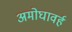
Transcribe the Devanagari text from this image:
अमोघावर्ह